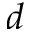
d